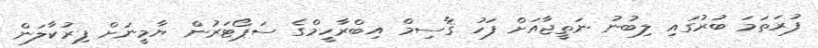
ފުރަތަމަ ބުރުގައި ލިބުނު ނަތީޖާއަށް ފަހު ޤާސިމް އިބްރާހީމްގެ ސަޕޯޓަރުން ޔާމީނަށް ފިރުކާލަން